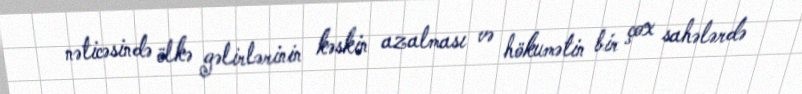
nəticəsində ölkə gəlirlərinin kəskin azalması və hökumətin bir çox sahələrdə